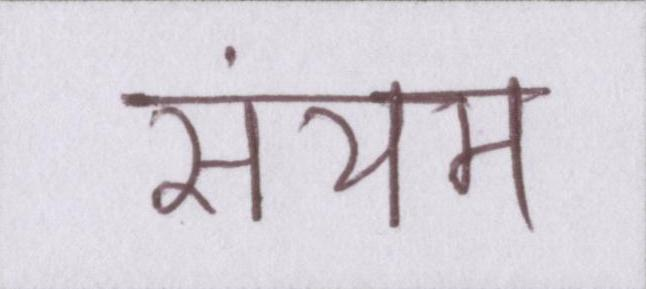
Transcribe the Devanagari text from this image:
संयम